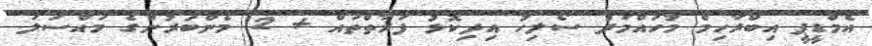
އެމްޑީޕީ އިބްރާހިމް މުހައްމަދު ސޯލިހު އިދިކޮޅު ފަރާތްތައް + 12 މެންބަރުންގެ މައްސަލަ